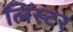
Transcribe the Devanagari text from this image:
लिंस्टर